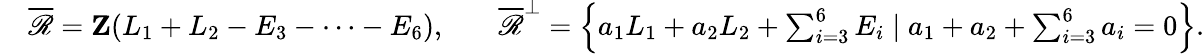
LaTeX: \begin{array}{rlrl}&{\overline{{\mathscr{R}}}=\mathbf{Z}(L_{1}+L_{2}-E_{3}-\cdots-E_{6}),}&&{\overline{{\mathscr{R}}}^{\perp}=\left\{ a_{1}L_{1}+a_{2}L_{2}+\sum_{i=3}^{6}E_{i}\mid a_{1}+a_{2}+\sum_{i=3}^{6}a_{i}=0\right\} .}\end{array}